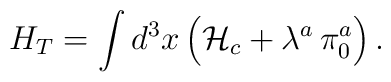
H_T=\int d^3x\,\Bigl({\cal H}_c+\lambda^a\,\pi_0^a\Bigr)\,.